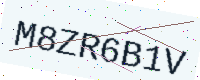
Text: M8ZR6B1V